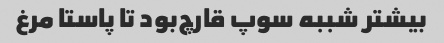
بیشتر شببه سوپ قارچ‌بود تا پاستا مرغ